Vaccination in Bombay 1913-1923 - 1913-1923
Year: 1913
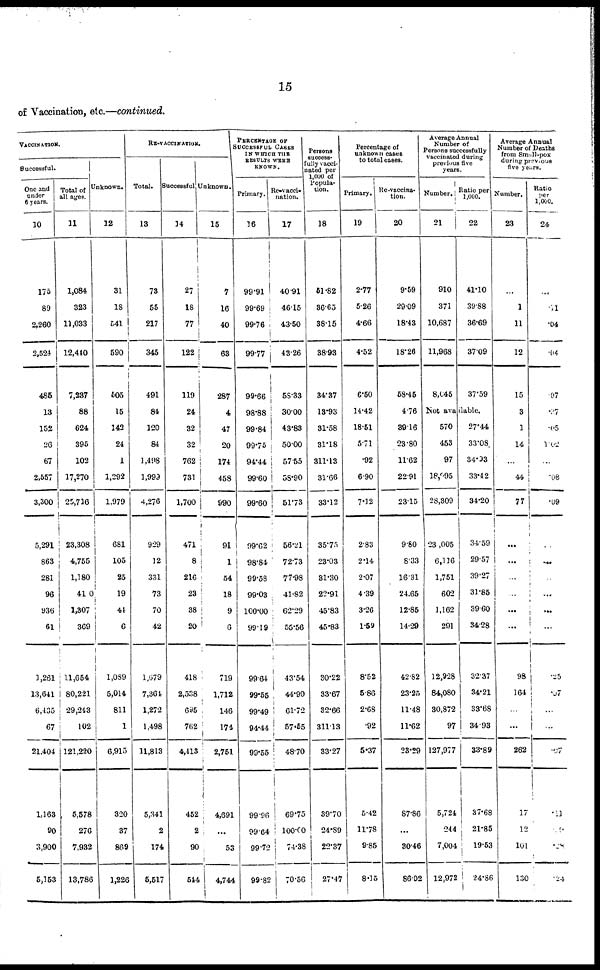
15
of Vaccination, etc.—continued.
VACCINATION.
Successful.
One and
under
6 years.
10
175
89
2,260
2,524
485
13
152
26
67
2,557
3,300
5,291
863
281
96
936
61
3,261
13,641
6,435
67
21,404
1,163
90
3,900
5,153
Total of
all ages.
11
1,084
323
11,033
12,440
7,237
88
624
395
102
17,270
25,716
23,308
4,755
1,180
410
1,307
369
11,654
80,221
29,243
102
121,220
5,578
276
7,932
13,786
Unknown.
12
31
18
541
590
505
15
142
24
1
1,292
1,979
681
105
25
19
44
6
1,089
5,014
811
1
6,915
320
37
869
1,226
RE-VACCINATION.
Total.
13
73
55
217
345
491
84
120
84
1,498
1,999
4,276
929
12
331
73
70
42
1,679
7,364
1,272
1,498
11,813
5,341
2
174
5,517
Successful
14
27
18
77
122
119
24
32
32
762
731
1,700
471
8
216
23
38
20
418
2,538
695
762
4,413
452
2
90
544
Unknown.
15
7
16
40
63
287
4
47
20
174
458
990
91
1
54
18
9
6
719
1,712
146
174
2,751
4,691
...
53
4,744
PERCENTAGE OF
Sccessful CASES
IN WHICH THE
RESULTS WERE
KNOWN.
Primary.
16
99.91
99·69
99·76
99.77
99.66
98.88
99.84
99.75
94.44
99.60
99.60
99.62
98.84
99.58
99.03
100.00
99.19
99.64
99.55
99.49
94.44
99.55
99.66
99.64
99.72
99.82
Re-vacci-
nation.
17
40.91
46.15
43.50
43.26
58.33
30.00
43.83
50.00
57.55
58.90
51.73
56.21
72.73
77.98
41.82
62.29
55.56
43.54
44.90
61.72
57.65
48.70
69.75
100.00
74.38
70.56
Persons
success-
fully vacci-
nated per
l,000 of
Popula-
tion.
18
51.82
36.65
38.15
38.93
34.37
13.93
31.58
31.18
311.13
31.66
33.12
35.75
23.03
31.30
22.91
45.83
45.83
30.22
33.67
32.66
311.13
33.27
39.70
24.89
22.37
27.47
Percentage of
unknown cases
to total cases.
Primary.
19
2.77
5.26
4.66
4.52
6.50
14.42
18.51
5.71
.92
6.90
7.32
2.83
2.14
2.07
4.39
3.26
1.59
8.52
5.86
2.68
.92
5.37
5.42
11.78
9.85
8.15
Re-vaccina-
tion.
20
9.59
29.09
18.43
18.26
58.45
4.76
39.16
23.80
11.62
22.91
23.15
9.80
8.33
16.31
24.65
12.85
14.29
42.82
23.25
11.48
11.62
23.29
87.86
...
30.46
86.02
Average Annual
Number of
Persons successfully
vaccinated during
previous five
years.
Number.
21
910
371
10,687
11,968
8,045
Ratio per
1,000.
22
41.10
39.88
36.69
37.09
37.59
Not available.
570
453
97
18,095
28,309
23,005
6,116
1,751
602
1,162
291
12,928
84,080
30,872
97
127,977
5,724
244
7,004
12,972
27.44
33.08
34.93
33.42
34.20
34.59
29.57
39.27
31.85
3960
34.28
32.37
34.21
33.68
34.93
33.89
37.68
21.85
19.53
24.86
Average Annual
Number of Deaths
from Small-pox
during previous
five years.
Number.
23
...
1
11
12
15
3
1
14
...
44
77
...
...
...
...
...
...
98
164
...
...
262
17
12
101
130
Ratio
per
1,000.
24
...
.11
.04
.04
.07
.07
.05
1.02
...
.08
.09
...
...
...
...
...
...
.25
.07
...
...
.07
.11
.9
.28
.24